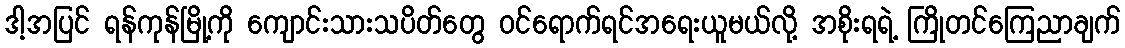
ဒါ့အပြင် ရန်ကုန်မြို့ကို ကျောင်းသားသပိတ်တွေ ဝင်ရောက်ရင်အရေးယူမယ်လို့ အစိုးရရဲ့ ကြိုတင်ကြေညာချက်